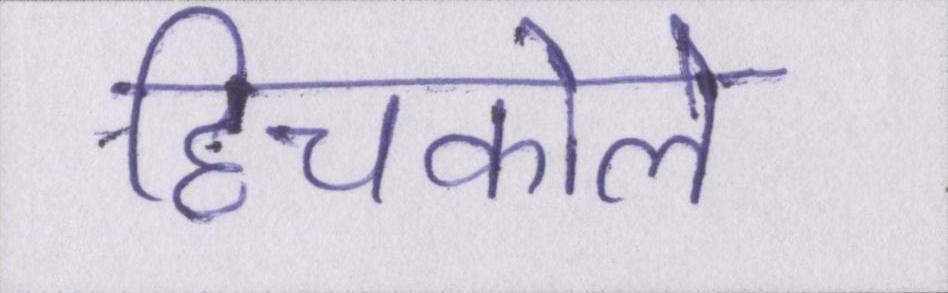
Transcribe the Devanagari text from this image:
हिचकोले